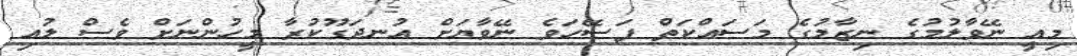
މިއީ ނޭވާލުމުގެ ނިޒާމުގެ މަސައްކަތް ފަސޭހަވެ ނޭވާޔަށް އުނދަގޫކުރާ މީހުންނަށް ވެސް ލުއި